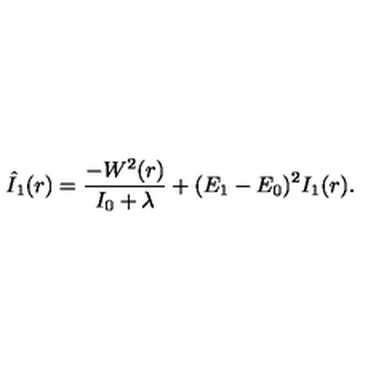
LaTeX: \hat { I } _ { 1 } ( r ) = \frac { - W ^ { 2 } ( r ) } { I _ { 0 } + \lambda } + ( E _ { 1 } - E _ { 0 } ) ^ { 2 } { } I _ { 1 } ( r ) .